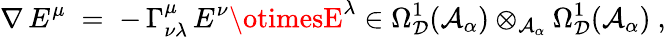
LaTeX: \nabla\, E^{\mu}\; =\; -\, \Gamma_{\nu\lambda}^{\mu}\, E^{\nu}\otimesE^{\lambda}\in\Omega_{\mathcal{D}}^{1}({\mathcal{A}}_{\alpha})\otimes_{{\mathcal{A}}_{\alpha}}\Omega_{\mathcal{D}}^{1}({\mathcal{A}}_{\alpha})\ ,